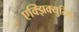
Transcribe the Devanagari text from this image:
एक्झिक्युटि्व्ह